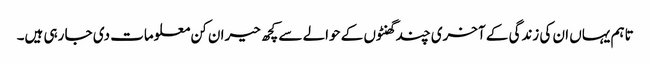
تاہم یہاں ان کی زندگی کے آخری چند گھنٹوں کے حوالے سے کچھ حیران کن معلومات دی جا رہی ہیں۔